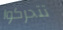
تتحركوا